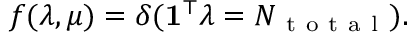
f ( \lambda , \mu ) = \delta ( \mathbf { 1 } ^ { \top } \lambda = N _ { \mathrm { ~ t ~ o ~ t ~ a ~ l ~ } } ) .